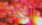
القذرة